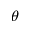
\theta